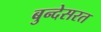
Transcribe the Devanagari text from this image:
बुन्देसरत